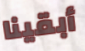
أبقينا